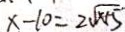
x - 1 0 = 2 \sqrt { x + 5 }